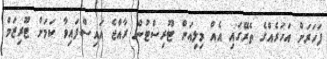
ފަހަރަށް އަހަރެއްގެ ތެރޭގައި އެއް މިލިއަން ޓޫރިސްޓުން ރާއްޖެ އައިސްފައިވާ ކަމަށް ޓޫރިޒަމް